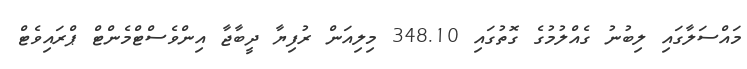
މައްސަލާގައި ލިބުނު ގެއްލުމުގެ ގޮތުގައި 348.10 މިލިއަން ރުފިޔާ ދީބާޖާ އިންވެސްޓްމެންޓް ޕްރައިވެޓް